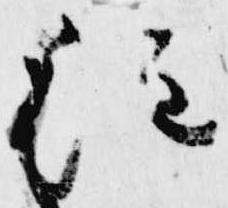
注